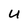
Character: U